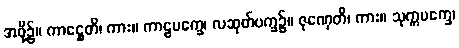
အဖို့၌။ ကာဋ္ဌေတိ၊ ကား။ ကာဠပက္ခေ၊ လဆုတ်ပက္ခ၌။ ဇုဏှေတိ၊ ကား။ သုက္ကပက္ခေ၊